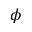
\phi